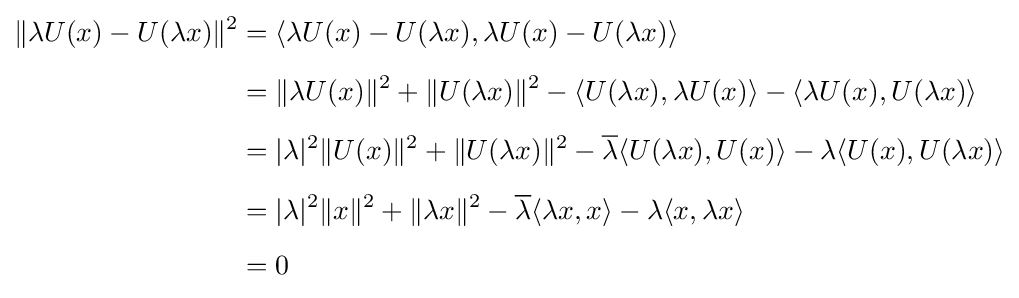
{\begin{aligned}\|\lambda U(x)-U(\lambda x)\|^{2}&=\langle \lambda U(x)-U(\lambda x),\lambda U(x)-U(\lambda x)\rangle \\[5pt]&=\|\lambda U(x)\|^{2}+\|U(\lambda x)\|^{2}-\langle U(\lambda x),\lambda U(x)\rangle -\langle \lambda U(x),U(\lambda x)\rangle \\[5pt]&=|\lambda |^{2}\|U(x)\|^{2}+\|U(\lambda x)\|^{2}-{\overline {\lambda }}\langle U(\lambda x),U(x)\rangle -\lambda \langle U(x),U(\lambda x)\rangle \\[5pt]&=|\lambda |^{2}\|x\|^{2}+\|\lambda x\|^{2}-{\overline {\lambda }}\langle \lambda x,x\rangle -\lambda \langle x,\lambda x\rangle \\[5pt]&=0\end{aligned}}